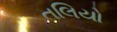
તલિયો